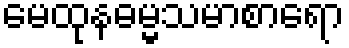
မေထုနဓမ္မသမာစာရော